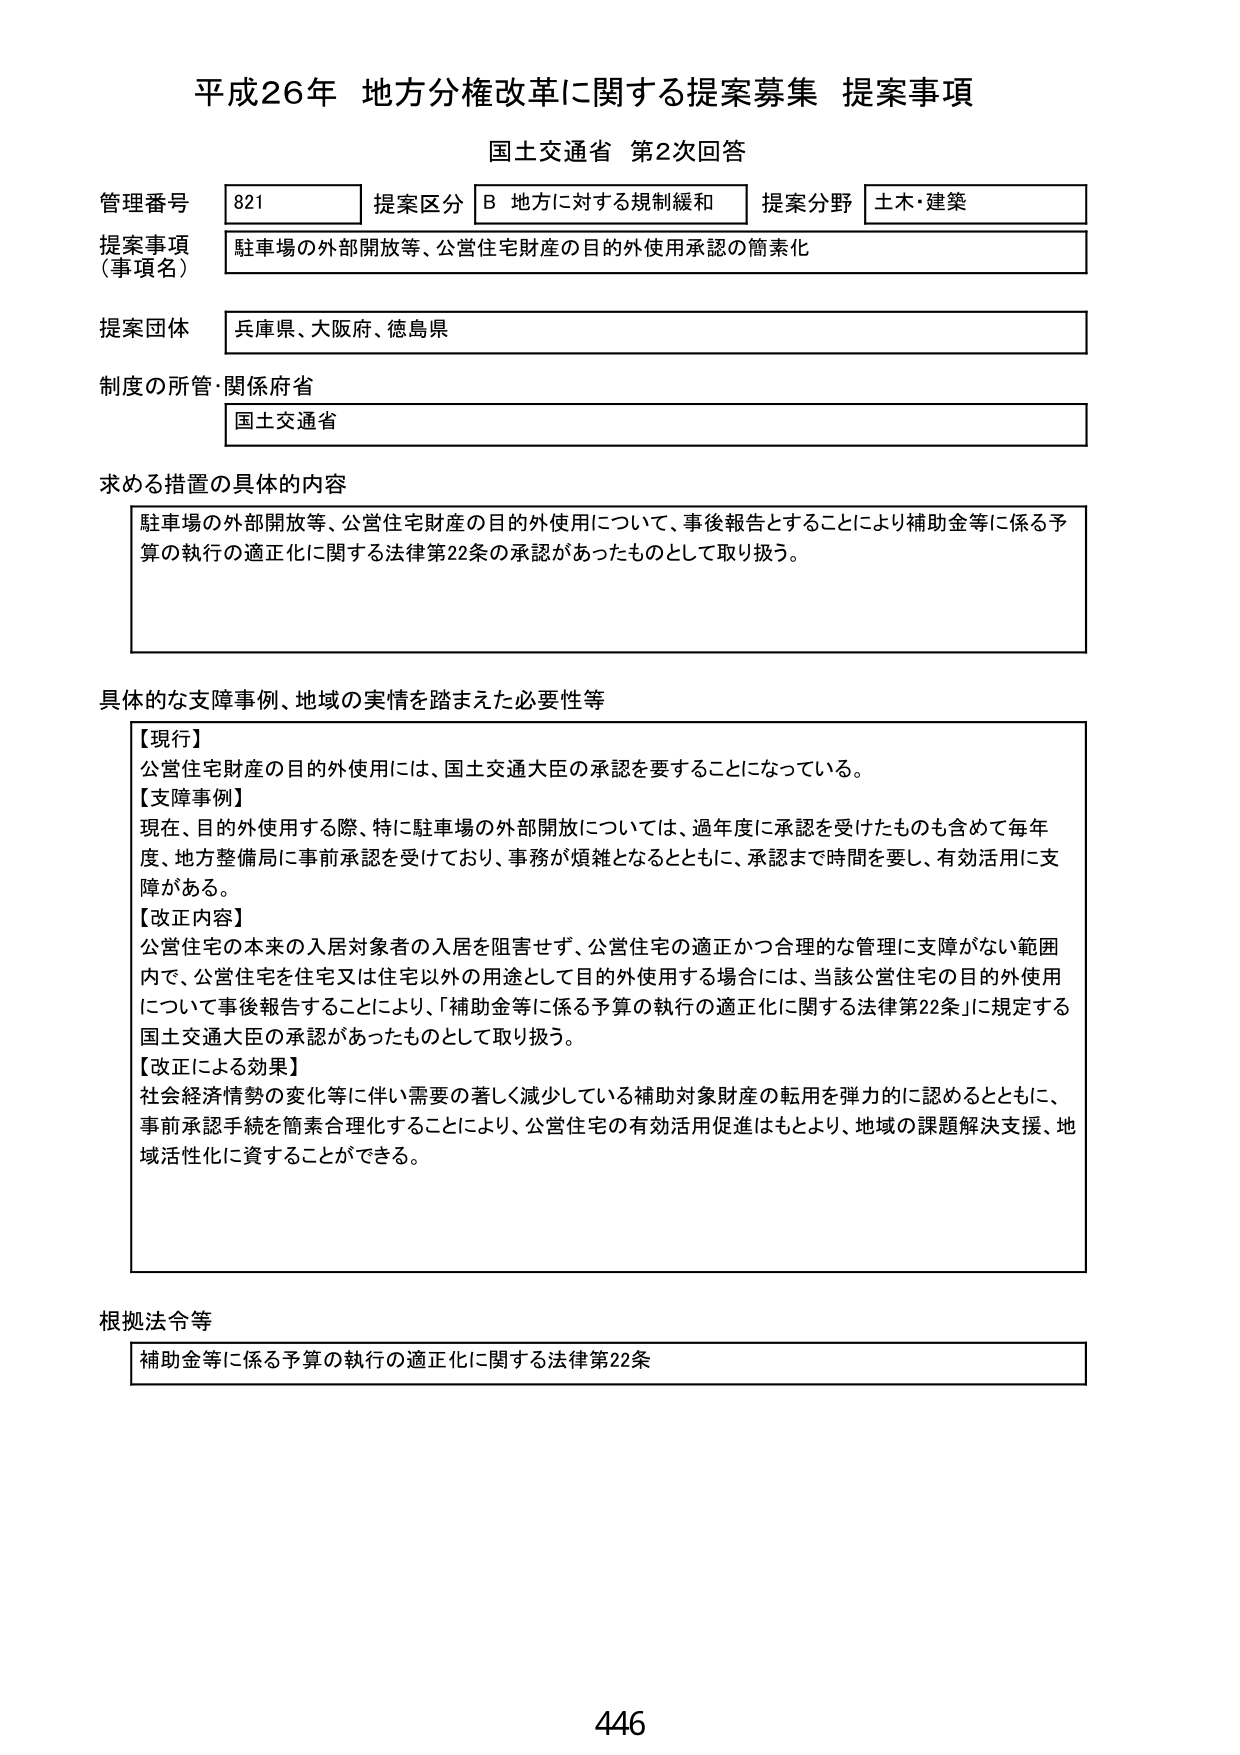
平成26年 地方分権改革に関する提案募集 提案事項
国土交通省 第2次回答

管理番号 821
提案区分 B 地方に対する規制緩和
提案分野 土木・建築

提案事項（事項名）
駐車場の外部開放等、公営住宅財産の目的外使用承認の簡素化

提案団体
兵庫県、大阪府、徳島県

制度の所管・関係府省
国土交通省

求める措置の具体的内容
駐車場の外部開放等、公営住宅財産の目的外使用について、事後報告とすることにより補助金等に係る予算の執行の適正化に関する法律第22条の承認があったものとして取り扱う。

具体的な支障事例、地域の実情を踏まえた必要性等
【現行】
公営住宅財産の目的外使用には、国土交通大臣の承認を要することになっている。
【支障事例】
現在、目的外使用する際、特に駐車場の外部開放については、過年度に承認を受けたものも含めて毎年度、地方整備局に事前承認を受けており、事務が煩雑となるとともに、承認まで時間を要し、有効活用に支障がある。
【改正内容】
公営住宅の本来の入居対象者の入居を阻害せず、公営住宅の適正かつ合理的な管理に支障がない範囲内で、公営住宅を住宅又は住宅以外の用途として目的外使用する場合には、当該公営住宅の目的外使用について事後報告することにより、「補助金等に係る予算の執行の適正化に関する法律第22条」に規定する国土交通大臣の承認があったものとして取り扱う。
【改正による効果】
社会経済情勢の変化等に伴い需要の著しく減少している補助対象財産の転用を弾力的に認めるとともに、事前承認手続を簡素合理化することにより、公営住宅の有効活用促進はもとより、地域の課題解決支援、地域活性化に資することができる。

根拠法令等
補助金等に係る予算の執行の適正化に関する法律第22条

446